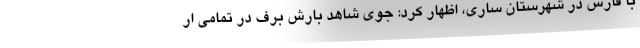
با فارس در شهرستان ساری، اظهار کرد: جوی شاهد بارش برف در تمامی ار